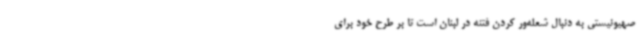
صهیونیستی به دنبال شعله‌ور کردن فتنه در لبنان است تا بر طرح خود برای